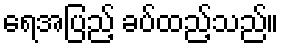
ရေအပြည့် ခပ်ထည့်သည်။